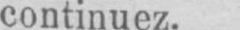
continuez.